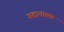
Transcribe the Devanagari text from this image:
गदानास्क